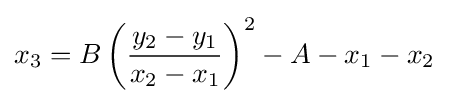
x_{3}=B\left({\frac {y_{2}-y_{1}}{x_{2}-x_{1}}}\right)^{2}-A-x_{1}-x_{2}